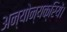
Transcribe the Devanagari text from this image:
अन्योन्यक्रियें।